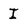
Character: I